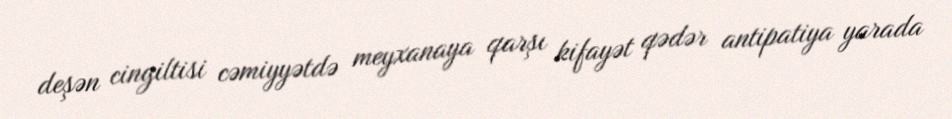
deşən cingiltisi cəmiyyətdə meyxanaya qarşı kifayət qədər antipatiya yarada